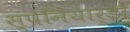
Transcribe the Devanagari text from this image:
स्पेनियार्डों